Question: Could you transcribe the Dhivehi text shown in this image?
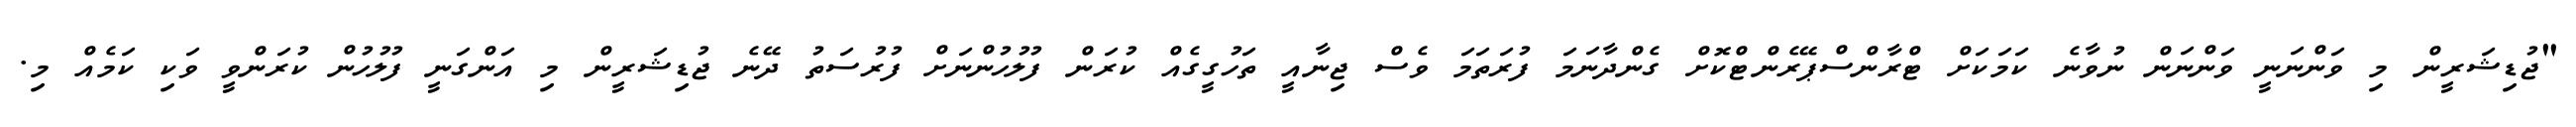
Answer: "ޖުޑިޝަރީން މި ވަންނަނީ ވަންނަން ނުވާނެ ކަމަކަށް ޓްރާންސްޕޭރެންޓްކޮށް ގެންދާނަމަ ފުރަތަމަ ވެސް ޖިނާއީ ތަހުގީގެއް ކުރަން ފުލުހުންނަށް ފުރުސަތު ދޭނެ ޖުޑިޝަރީން މި އަންގަނީ ފުލުހުން ކުރަންވީ ވަކި ކަމެއް މި.